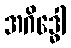
အဂိဒ္ဓေါ